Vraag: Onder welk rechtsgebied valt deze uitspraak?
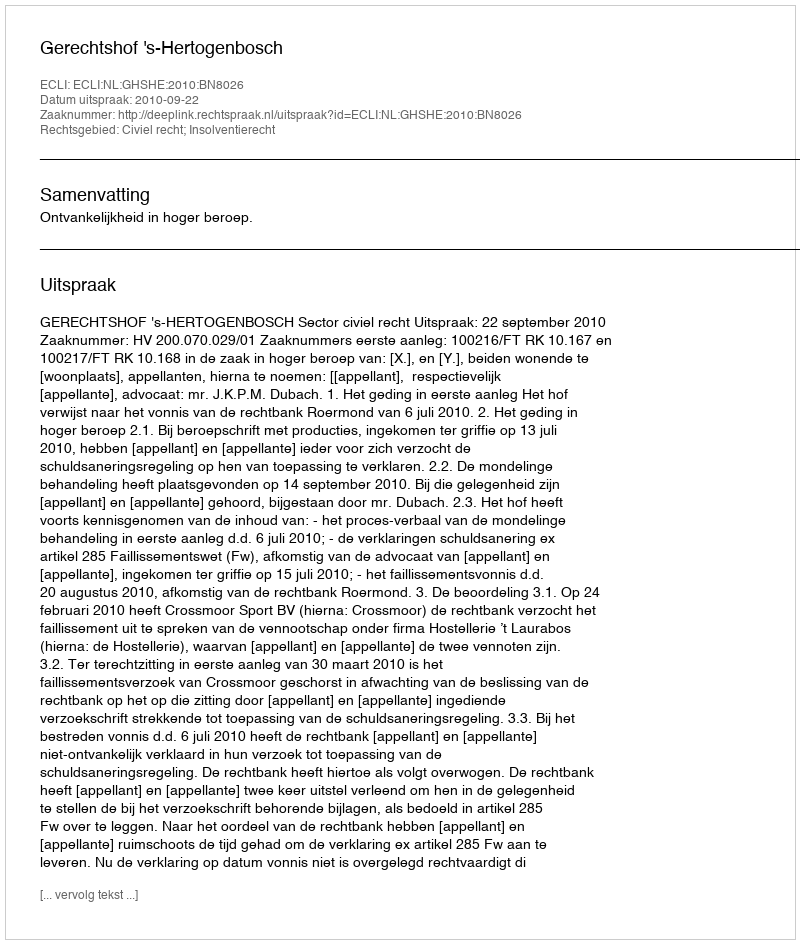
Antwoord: Civiel recht; Insolventierecht